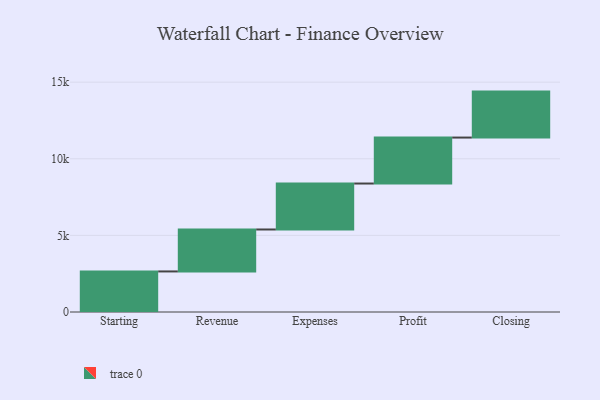
{"axis": {"x": "Step", "y": "Value"}, "legend": [""], "data": [{"x": "Starting", "y": 2647.0, "type": ""}, {"x": "Revenue", "y": 2738.0, "type": ""}, {"x": "Expenses", "y": 3000, "type": ""}, {"x": "Profit", "y": 3000, "type": ""}, {"x": "Closing", "y": 3000, "type": ""}]}